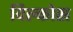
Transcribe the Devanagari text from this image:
विल्कोस